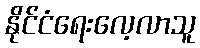
နိုင်ငံရေးလေ့လာသူ